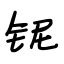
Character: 铌